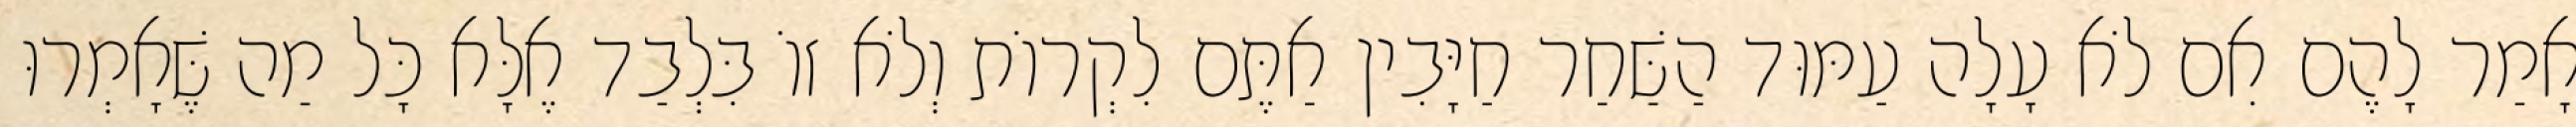
אָמַר לָהֶם אִם לֹא עָלָה עַמּוּד הַשַּׁחַר חַיָּבִין אַתֶּם לִקְרוֹת וְלֹא זוֹ בִּלְבַד אֶלָּא כָּל מַה שֶּׁאָמְרוּ